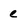
Character: c